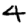
Digit: 4